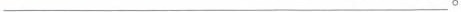
___。